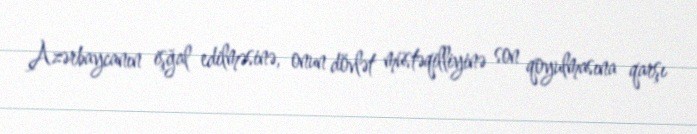
Azərbaycanın işğal edilməsinə, onun dövlət müstəqilliyinə son qoyulmasına qarşı